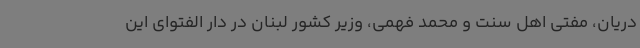
دریان، مفتی اهل سنت و محمد فهمی، وزیر کشور لبنان در دار الفتوای این